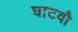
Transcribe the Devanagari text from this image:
घाटवौ